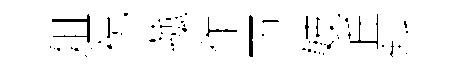
俎祝菰作匝妓丘斜